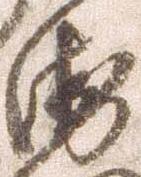
衛